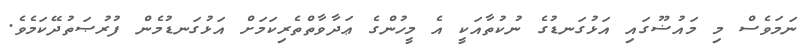
ނަމަވެސް މި މައުޟޫގައި އަޅުގަނޑުގެ ނުކުތާއަކީ އެ މީހުންގެ ޢަދާވާތްތެރިކަމަށް އަޅުގަނޑުމެން ފުރުޞަތުދޭކަމެވެ.